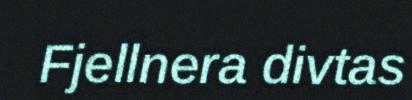
Fjellnera divtas